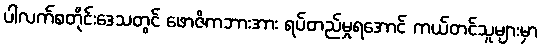
ပါလက်စတိုင်းဒေသတွင် ဖောဇိကဘားအား ရပ်တည်မှုရအောင် ကယ်တင်သူများမှာ